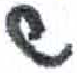
אות: ש